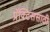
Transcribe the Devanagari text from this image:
प्रॅक्टिससाठी